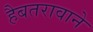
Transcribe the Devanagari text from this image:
हैबतरावाने